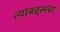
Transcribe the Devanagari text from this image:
त्याबद्दलचा